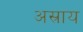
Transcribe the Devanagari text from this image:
अस्राय